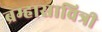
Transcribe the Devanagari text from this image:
ब्रम्हासावित्री